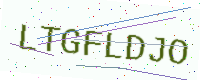
Text: LTGFLDJO